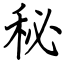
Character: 秘